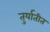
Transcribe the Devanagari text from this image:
तुर्यातीत